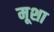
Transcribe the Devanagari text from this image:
मूशा